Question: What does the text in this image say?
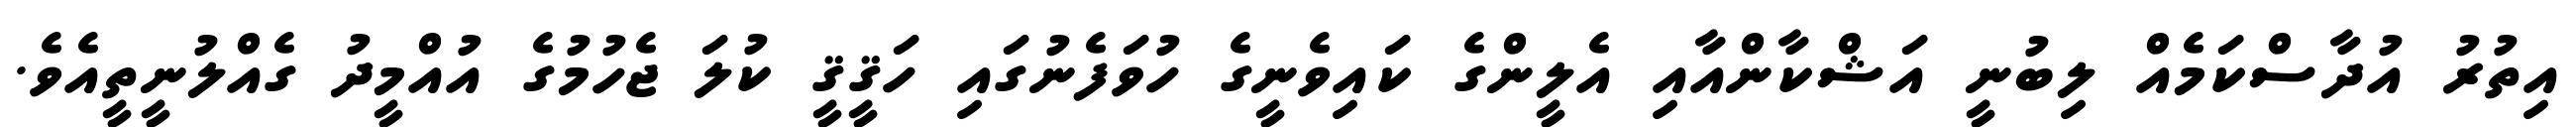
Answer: އިތުރު އުދާސްކަމެއް ލިބުނީ އަޝްކާންއާއި އެލީންގެ ކައިވެނީގެ ހުވަފެނުގައި ހަޤީޤީ ކުލަ ޖެހުމުގެ އުއްމީދު ގެއްލުނީތީއެވެ.